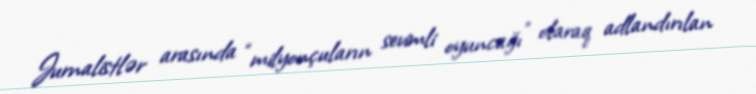
Jurnalistlər arasında “milyonçuların sevimli oyuncağı” olaraq adlandırılan